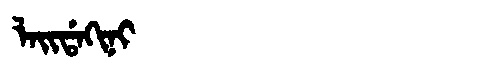
Manchu: ᠯᠠᡳᡩᠠᡴᡳᠨᡳ
Romanization: LAIDAKINI